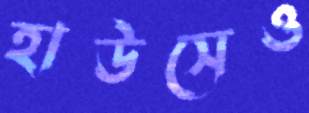
হাউসেও